Jarvakandi_vallavalitsus, lk 44
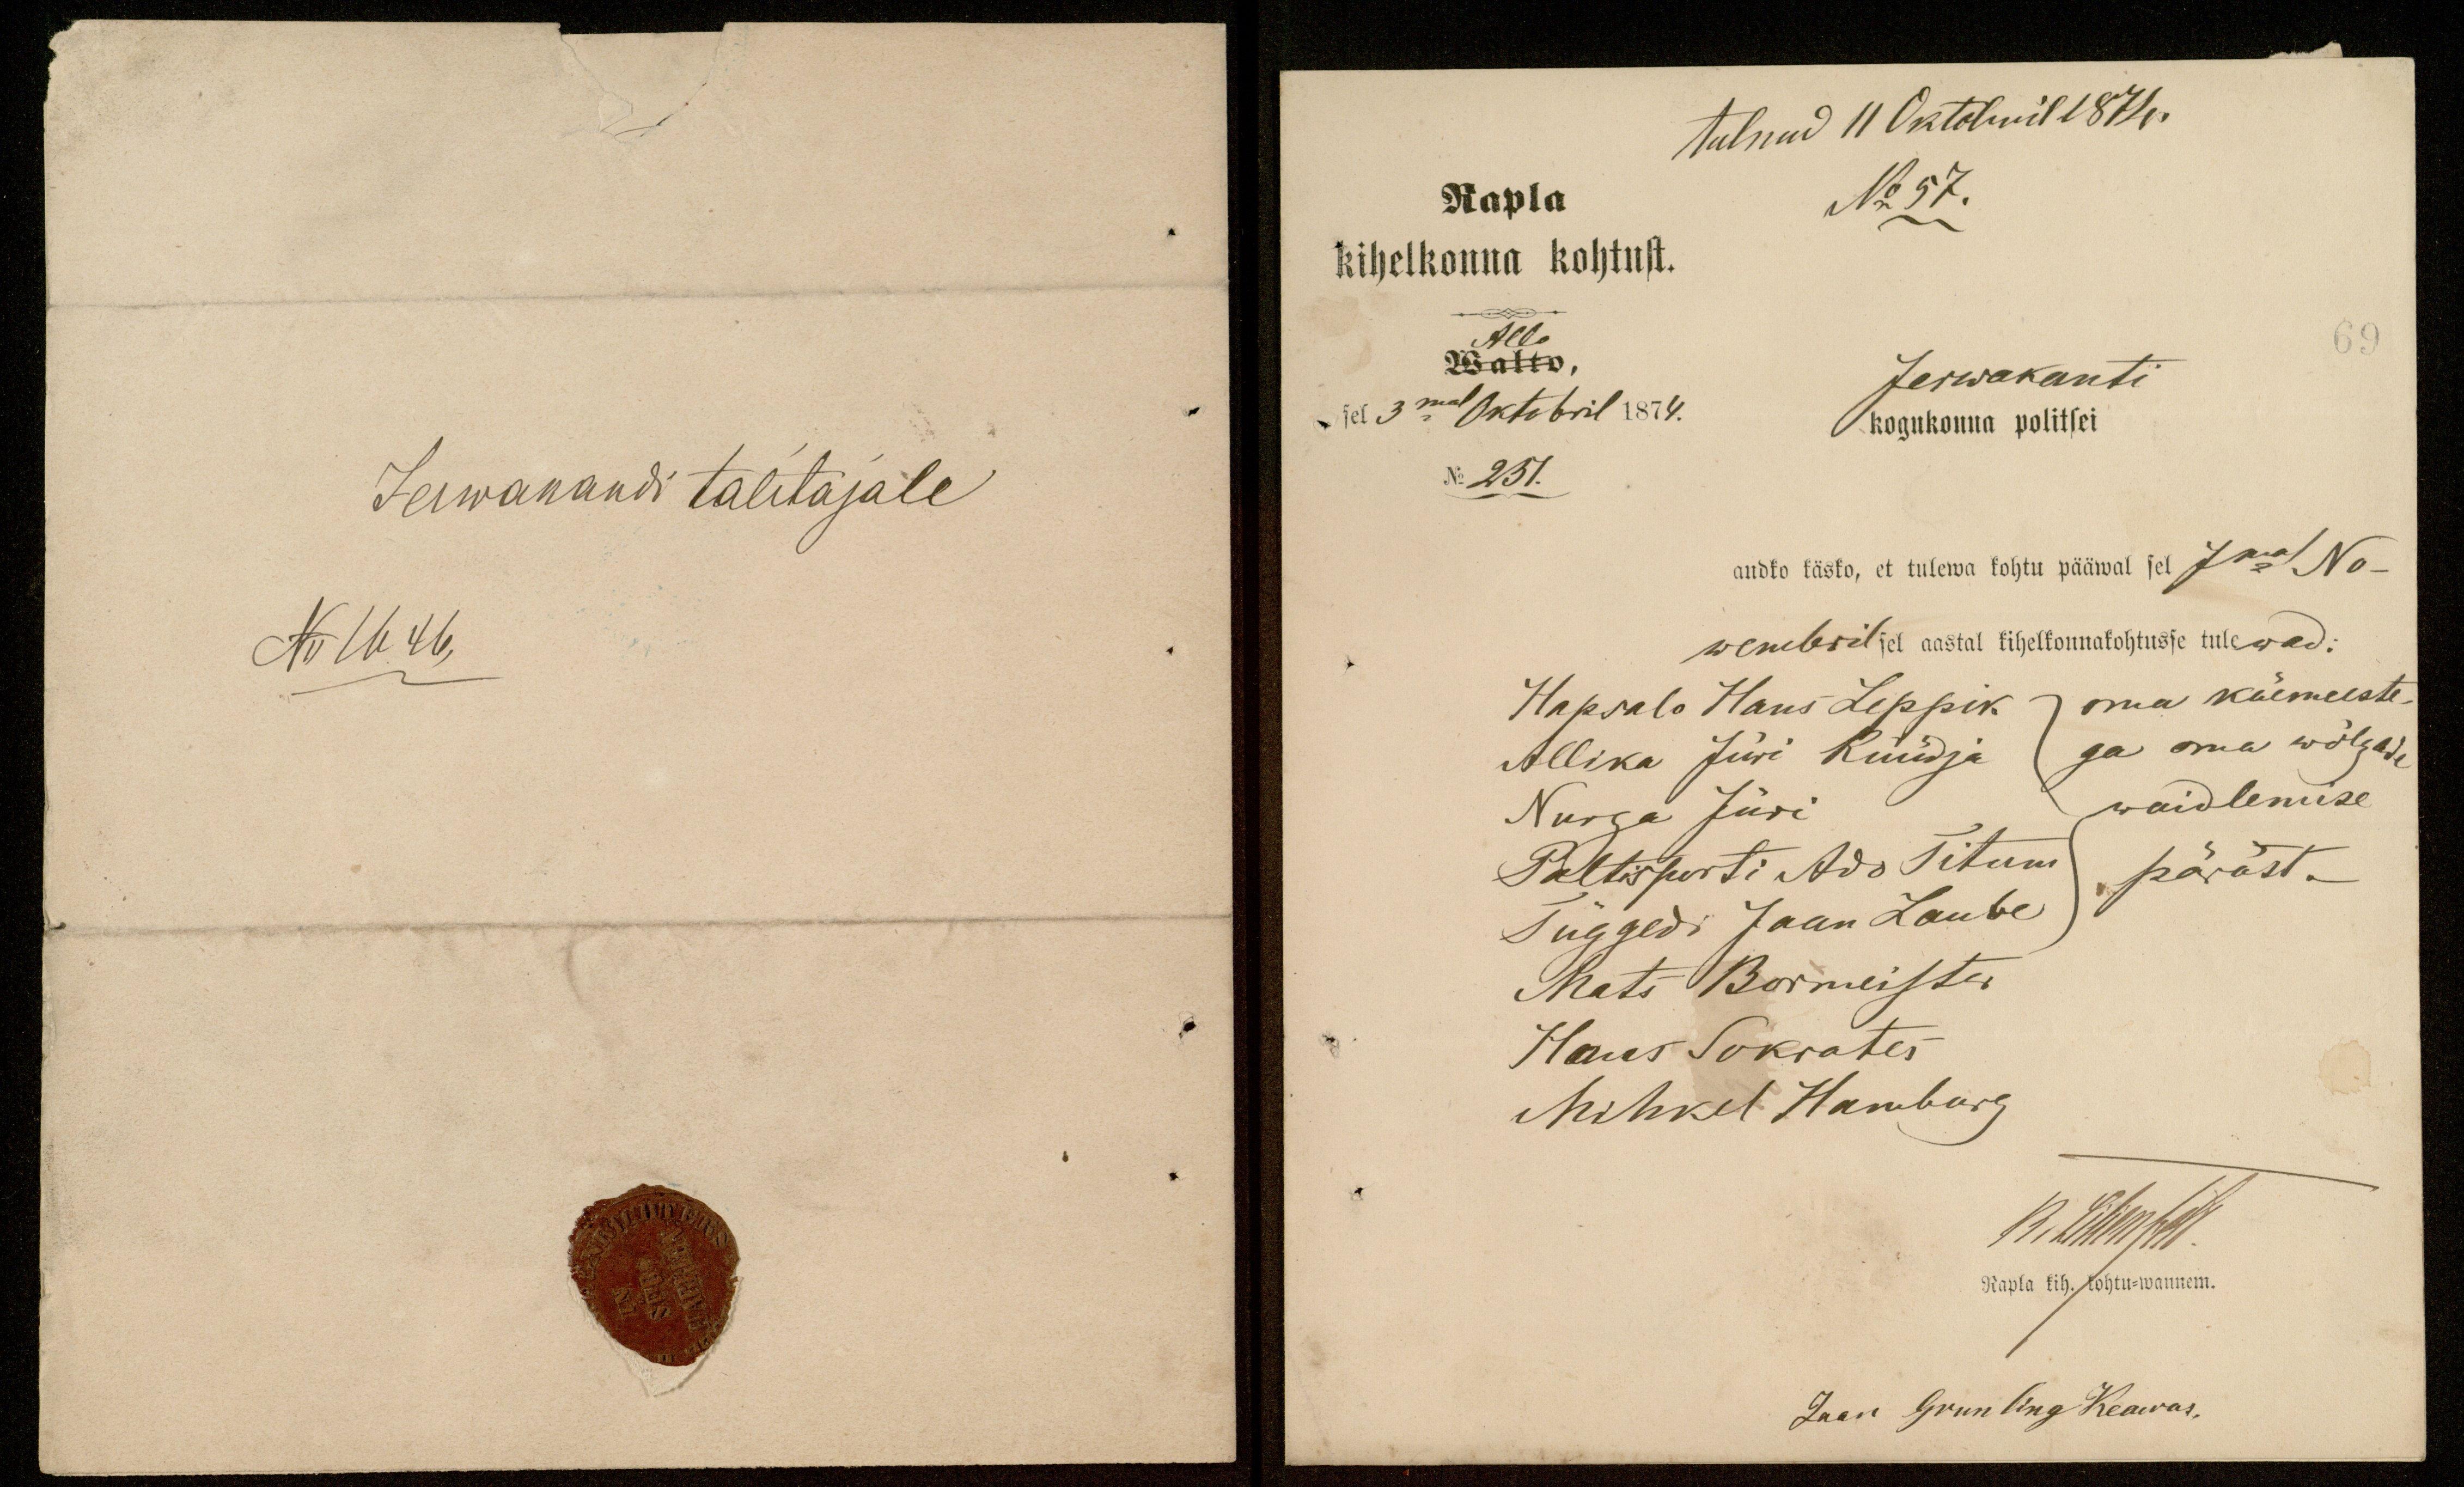
tulnud 11 Oktobril 1874.
Rapla
No 57.
kihelkonna kohtust.
Allo
69
Walto
sel 3mal Oktobril 1874.
Jerwakanti
kogukonna politsei
No 251.
andko käsko, et tulewa kohtu pääwal sel 7ma No-
wembril sel aastal kihelkonnakohtusse tulewad:
Hapsalo Hans Leppik. 7 oma käemeeste
Allika Jüri Küüdja
ga oma wõlgade
Nurga Jüri
waidlemise
Paltisperti Ado Titum
päräst.
Tuggedi Jaan Laube
Mats Bormeister
Hans Sokrates
Mihkel Hamburg
13. Littership
Rapla kih. kohtu-wannem.
Jaan Grunling Keawas,

Jerwanandi talitajale
N 1646,